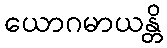
ယောဂမာယန္တိ